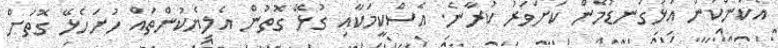
އެކަންކަން އަޅުގަނޑުމެން ކަށަވަރު ކުރާނެ. އެސްކީމަކާއި ގުޅޭ ގޮތުން އެލިޔެކުންތައް ހުށަހެޅޭ ގޮތަށް